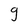
Character: g